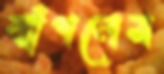
ঝাঁপলেম